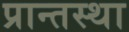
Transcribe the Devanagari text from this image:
प्रान्तस्था